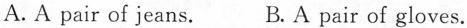
A. A pair of jeans. B.A pair of gloves.